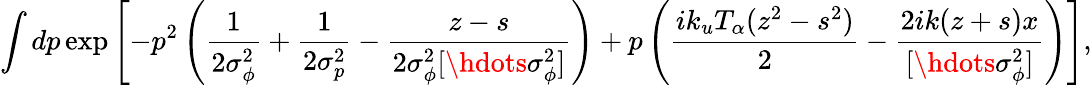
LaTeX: \int dp\exp\left[-p^{2}\left(\frac{1}{2\sigma_{\phi}^{2}}+\frac{1}{2\sigma_{p}^{2}}-\frac{z-s}{2\sigma_{\phi}^{2}[\hdots\sigma_{\phi}^{2}]}\right)+p\left(\frac{ik_{u}T_{\alpha}(z^{2}-s^{2})}{2}-\frac{2ik(z+s)x}{[\hdots\sigma_{\phi}^{2}]}\right)\right],